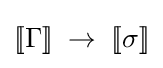
[\![\Gamma ]\!]\;\to \;[\![\sigma ]\!]